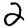
Digit: 2